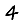
Digit: 4